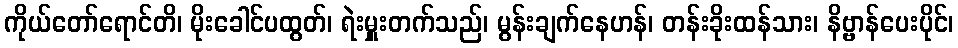
ကိုယ်တော်ရောင်တိ၊ မိုးခေါင်ပထွတ်၊ ရဲးမှူးတက်သည်၊ မွန်းချက်နေဟန်၊ တန်းခိုးထန်သား၊ နိဗ္ဗာန်ပေးပိုင်၊